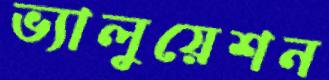
ভ্যালুয়েশন